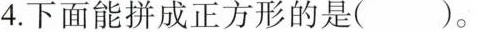
4.下面能拼成正方形的是( )。